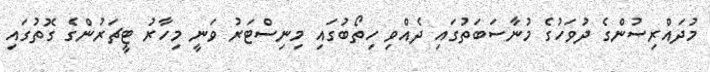
މުދައްރިސުންގެ ދުވަހުގެ މުނާސަބަތުގައި ދެއްވި ހިތޯބުގައި މިނިސްޓަރު ވަނީ މިހާރު ޓީޗަރުންގެ ގޮތުގައި